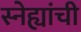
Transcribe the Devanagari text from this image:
स्नेह्यांची